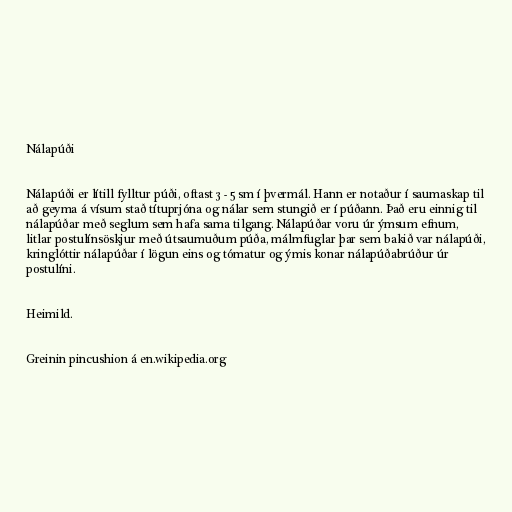
Nálapúði

Nálapúði er lítill fylltur púði, oftast 3 - 5 sm í þvermál. Hann er notaður í saumaskap til
að geyma á vísum stað títuprjóna og nálar sem stungið er í púðann. Það eru einnig til
nálapúðar með seglum sem hafa sama tilgang. Nálapúðar voru úr ýmsum efnum,
litlar postulínsöskjur með útsaumuðum púða, málmfuglar þar sem bakið var nálapúði,
kringlóttir nálapúðar í lögun eins og tómatur og ýmis konar nálapúðabrúður úr
postulíni.

Heimild.

Greinin pincushion á en.wikipedia.org